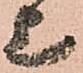
上